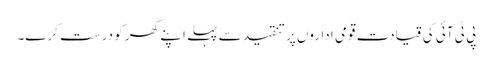
پی ٹی آئی کی قیادت قومی اداروں پر تنقید سے پہلے اپنے گھر کو درست کرے۔